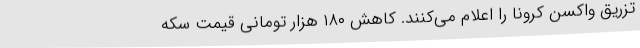
تزریق واکسن کرونا را اعلام می‌کنند. کاهش ۱۸۰ هزار تومانی قیمت سکه